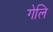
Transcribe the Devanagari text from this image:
गेलि